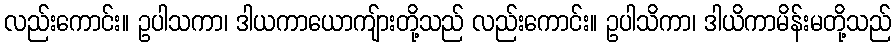
လည်းကောင်း။ ဥပါသကာ၊ ဒါယကာယောကျ်ားတို့သည် လည်းကောင်း။ ဥပါသိကာ၊ ဒါယိကာမိန်းမတို့သည်